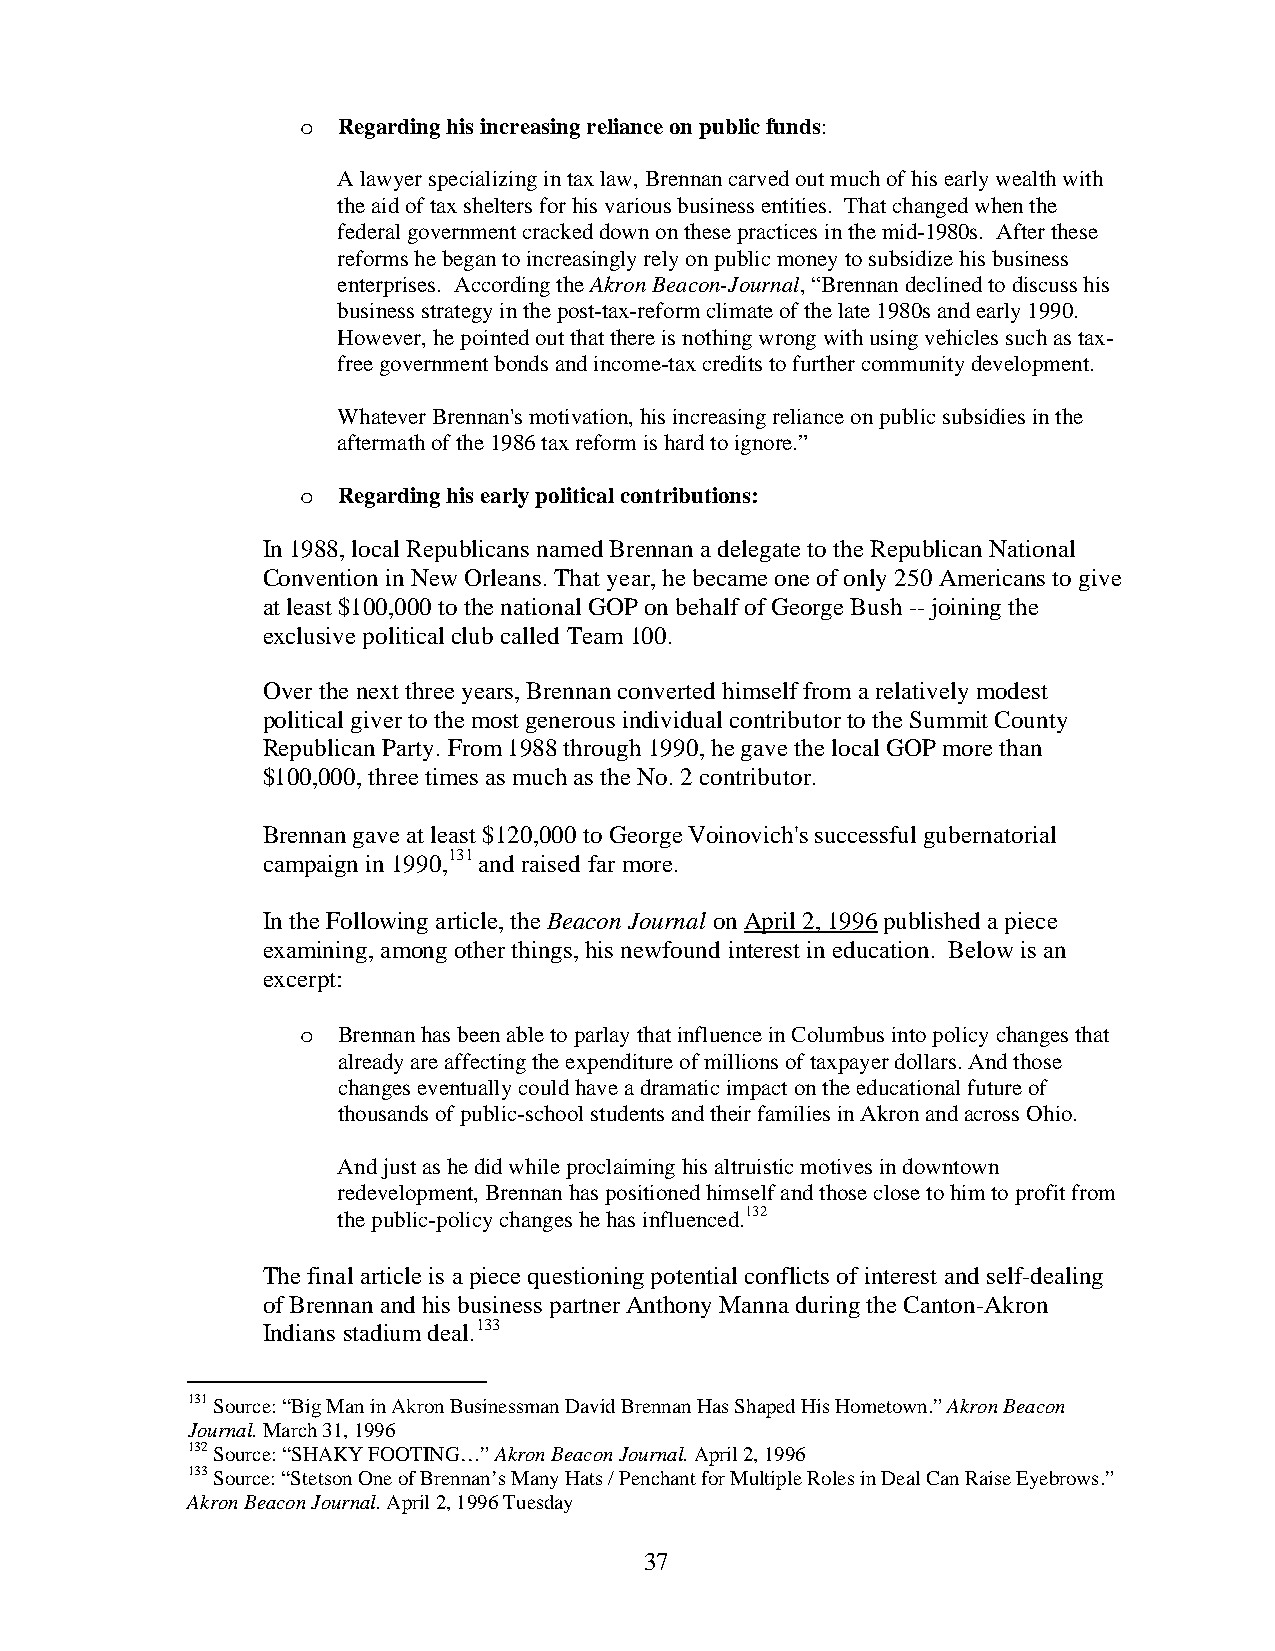
o Regarding his increasing reliance on public funds:
 A lawyer specializing in tax law, Brennan carved out much of his early wealth with
 the aid of tax shelters for his various business entities. That changed when the
 federal government cracked down on these practices in the mid-1980s. After these
 reforms he began to increasingly rely on public money to subsidize his business
 enterprises. According the Akron Beacon-Journal, “Brennan declined to discuss his
 business strategy in the post-tax-reform climate of the late 1980s and early 1990.
 However, he pointed out that there is nothing wrong with using vehicles such as tax-
 free government bonds and income-tax credits to further community development.
 Whatever Brennan's motivation, his increasing reliance on public subsidies in the
 aftermath of the 1986 tax reform is hard to ignore.”
 o Regarding his early political contributions:
 In 1988, local Republicans named Brennan a delegate to the Republican National
 Convention in New Orleans. That year, he became one of only 250 Americans to give
 at least $100,000 to the national GOP on behalf of George Bush -- joining the
 exclusive political club called Team 100.
 Over the next three years, Brennan converted himself from a relatively modest
 political giver to the most generous individual contributor to the Summit County
 Republican Party. From 1988 through 1990, he gave the local GOP more than
 $100,000, three times as much as the No. 2 contributor.
 Brennan gave at least $120,000 to George Voinovich's successful gubernatorial
 campaign in 1990,131 and raised far more.
 In the Following article, the Beacon Journal on April 2, 1996 published a piece
 examining, among other things, his newfound interest in education. Below is an
 excerpt:
 o Brennan has been able to parlay that influence in Columbus into policy changes that
 already are affecting the expenditure of millions of taxpayer dollars. And those
 changes eventually could have a dramatic impact on the educational future of
 thousands of public-school students and their families in Akron and across Ohio.
 And just as he did while proclaiming his altruistic motives in downtown
 redevelopment, Brennan has positioned himself and those close to him to profit from
 the public-policy changes he has influenced.132
 The final article is a piece questioning potential conflicts of interest and self-dealing
 of Brennan and his business partner Anthony Manna during the Canton-Akron
 Indians stadium deal.133
 131 Source: “Big Man in Akron Businessman David Brennan Has Shaped His Hometown.” Akron Beacon
 Journal. March 31, 1996
 132 Source: “SHAKY FOOTING…” Akron Beacon Journal. April 2, 1996
 133 Source: “Stetson One of Brennan’s Many Hats / Penchant for Multiple Roles in Deal Can Raise Eyebrows.”
 Akron Beacon Journal. April 2, 1996 Tuesday
 37